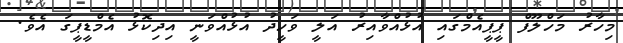
މިހާރު މަހްލޫފް ޕީޕީއެމްގައި އުޅުއްވާއިރު އަލީ ވަހީދު އުޅުއްވަނީ އިދިކޮޅު އެމްޑީޕީގަ އެވެ.